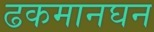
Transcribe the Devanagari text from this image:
ढकमानघन